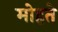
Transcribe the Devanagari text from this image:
मोहते